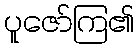
ပူဇော်ကြ၏